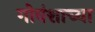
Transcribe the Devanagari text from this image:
गोवंशाच्या